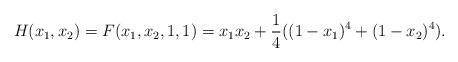
LaTeX: \begin{align*}H(x_1,x_2)=F(x_1,x_2,1,1)=x_1 x_2+\frac 14((1-x_1)^4+(1-x_2)^4).\end{align*}